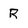
Character: R